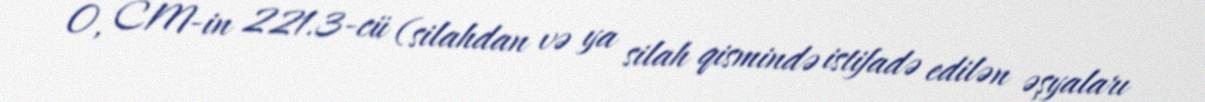
O, CM-in 221.3-cü (silahdan və ya silah qismində istifadə edilən əşyaları